Report of the Indian Hemp Drugs Commission, 1894-1895 - Volume IV
Year: 1894
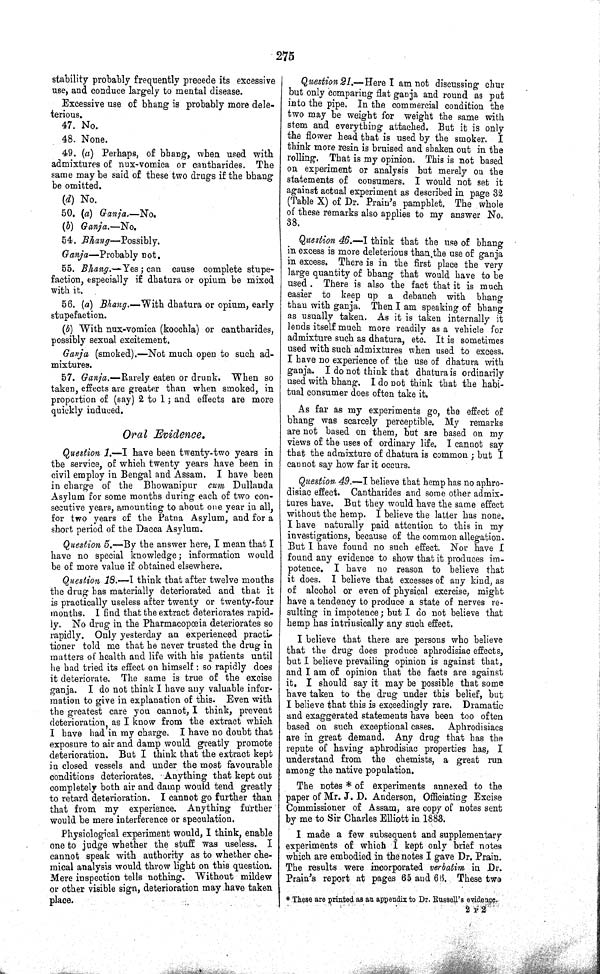
275
stability probably frequently precede its excessive
use, and conduce largely to mental disease.
Excessive use of bhang is probably more dele-
terious.
47. No.
48. None.
49. (a) Perhaps, of bhang, when used with
admixtures of nux-vomica or cantharides. The
same may be said of these two drugs if the bhang
be omitted.
(d) No.
50. (a) Ganja.—No.
(b) Ganja.—No.
54. Bhang—Possibly.
Ganja—Probably not.
55. Bhang.—Yes; can cause complete stupe-
faction, especially if dhatura or opium be mixed
with it.
56. (a) Bhang.—With dhatura or opium, early
stupefaction.
(b) With nux-vomica (koochla) or cantharides,
possibly sexual excitement.
Ganja (smoked).—Not much open to such ad-
mixtures.
57. Ganja.—Rarely eaten or drunk. When so
taken, effects are greater than when smoked, in
proportion of (say) 2 to 1; and effects are more
quickly induced.
Oral Evidence.
Question 1.—I have been twenty-two years in
the service, of which twenty years have been in
civil employ in Bengal and Assam. I have been
in charge of the Bhowanipur cum Dullanda
Asylum for some months during each of two con-
secutive years, amounting to about one year in all,
for two years of the Patna Asylum, and for a
short period of the Dacca Asylum.
Question 5.—By the answer here, I mean that I
have no special knowledge; information would
be of more value if obtained elsewhere.
Question 18.—I think that after twelve months
the drug has materially deteriorated and that it
is practically useless after twenty or twenty-four
months. I find that the extract deteriorates rapid-
ly. No drug in the Pharmacopœia deteriorates so
rapidly. Only yesterday an experienced practi-
tioner told me that he never trusted the drug in
matters of health and life with his patients until
he had tried its effect on himself: so rapidly does
it deteriorate. The same is true of the excise
ganja. I do not think I have any valuable infor-
mation to give in explanation of this. Even with
the greatest care you cannot, I think, prevent
deterioration as I know from the extract which
I have had in my charge. I have no doubt that
exposure to air and damp would greatly promote
deterioration. But I think that the extract kept
in closed vessels and under the most favourable
conditions deteriorates. Anything that kept out
completely both air and damp would tend greatly
to retard deterioration. I cannot go further than
that from my experience. Anything further
would be mere interference or speculation.
Physiological experiment would, I think, enable
one to judge whether the stuff was useless. I
cannot speak with authority as to whether che-
mical analysis would throw light on this question.
Mere inspection tells nothing. Without mildew
or other visible sign, deterioration may have taken
place.
Question 21.—Here I am not discussing chur
but only comparing flat ganja and round as put
into the pipe. In the commercial condition the
two may be weight for weight the same with
stem and everything attached. But it is only
the flower head that is used by the smoker. I
think more resin is bruised and shaken out in the
rolling. That is my opinion. This is not based
on experiment or analysis but merely on the
statements of consumers. I would not set it
against actual experiment as described in page 32
(Table X) of Dr. Prain's pamphlet. The whole
of these remarks also applies to my answer No.
38.
Question 46.—I think that the use of bhang
in excess is more deleterious than the use of ganja
in excess. There is in the first place the very
large quantity of bhang that would have to be
used . There is also the fact that it is much
easier to keep up a debauch with bhang
than with ganja. Then I am speaking of bhang
as usually taken. As it is taken internally it
lends itself much more readily as a vehicle for
admixture such as dhatura, etc. It is sometimes
used with such admixtures when used to excess.
I have no experience of the use of dhatura with
ganja. I do not think that dhatura is ordinarily
used with bhang. I do not think that the habi-
tual consumer does often take it.
As far as my experiments go, the effect of
bhang was scarcely perceptible. My remarks
are not based on them, but are based on my
views of the uses of ordinary life. I cannot say
that the admixture of dhatura is common; but I
cannot say how far it occurs.
Question 49.—I believe that hemp has no aphro-
disiac effect. Cantharides and some other admix-
tures have. But they would have the same effect
without the hemp. I believe the latter has none.
I have naturally paid attention to this in my
investigations, because of the common allegation.
But I have found no such effect. Nor have I
found any evidence to show that it produces im-
potence. I have no reason to believe that
it does. I believe that excesses of any kind, as
of alcohol or even of physical exercise, might
have a tendency to produce a state of nerves re-
sulting in impotence; but I do not believe that
hemp has intrinsically any such effect.
I believe that there are persons who believe
that the drug does produce aphrodisiac effects,
but I believe prevailing opinion is against that,
and I am of opinion that the facts are against
it. I should say it may be possible that some
have taken to the drug under this belief, but
I believe that this is exceedingly rare. Dramatic
and exaggerated statements have been too often
based on such exceptional cases. Aphrodisiacs
are in great demand. Any drug that has the
repute of having aphrodisiac properties has, I
understand from the chemists, a great run
among the native population.
The notes * of experiments annexed to the
paper of Mr. J. D. Anderson, Officiating Excise
Commissioner of Assam, are copy of notes sent
by me to Sir Charles Elliott in 1883.
I made a few subsequent and supplementary
experiments of which I kept only brief notes
which are embodied in the notes I gave Dr. Prain.
The results were incorporated verbatim in Dr.
Prain's report at pages 65 and 66. These two
* These are printed as an appendix to Dr. Russell's evidence.
2 P 2